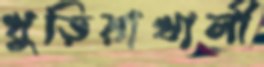
খুড়িয়াখালী